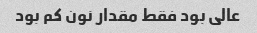
عالی بود فقط مقدار نون کم بود